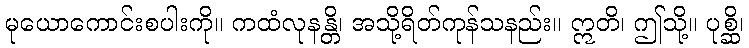
မုယောကောင်းစပါးကို။ ကထံလုနန္တိ၊ အသို့ရိတ်ကုန်သနည်း။ ဣတိ၊ ဤသို့။ ပုစ္ဆိ၊